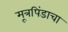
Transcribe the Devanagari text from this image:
मूत्रपिंडाचा